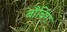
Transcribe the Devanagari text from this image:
बाँबिंग